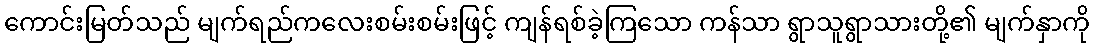
ကောင်းမြတ်သည် မျက်ရည်ကလေးစမ်းစမ်းဖြင့် ကျန်ရစ်ခဲ့ကြသော ကန်သာ ရွာသူရွာသားတို့၏ မျက်နှာကို